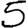
Digit: 5